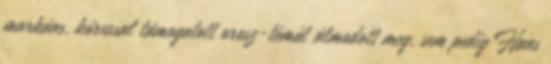
markáns, kórussal támogatott orosz-témát álmodott meg, sem pedig Hans